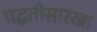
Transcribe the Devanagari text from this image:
पद्घतीसारखा